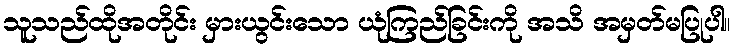
သူသည်ထိုအတိုင်း မှားယွင်းသော ယုံကြည်ခြင်းကို အသိ အမှတ်မပြုပါ။